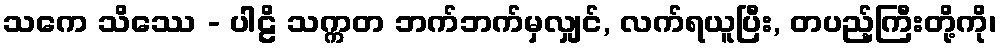
သကေ သိဿေ - ပါဠိ သက္ကတ ဘက်ဘက်မှလျှင်, လက်ရယူပြီး, တပည့်ကြီးတို့ကို၊